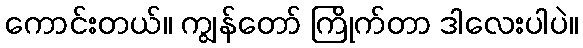
ကောင်းတယ်။ ကျွန်တော် ကြိုက်တာ ဒါလေးပါပဲ။